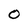
Character: 0